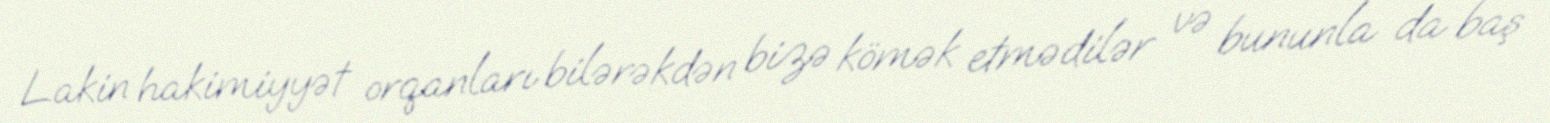
Lakin hakimiyyət orqanları bilərəkdən bizə kömək etmədilər və bununla da baş